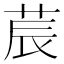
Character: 莀